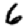
Digit: 6